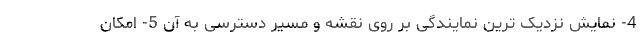
4- نمایش نزدیک ترین نمایندگی بر روی نقشه و مسیر دسترسی به آن 5- امکان